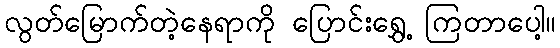
လွတ်မြောက်တဲ့နေရာကို ပြောင်းရွှေ့ ကြတာပေါ့။